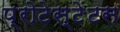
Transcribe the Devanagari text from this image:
प्रोटेस्टेंटस